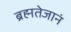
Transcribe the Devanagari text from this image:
ब्रह्मतेजानं